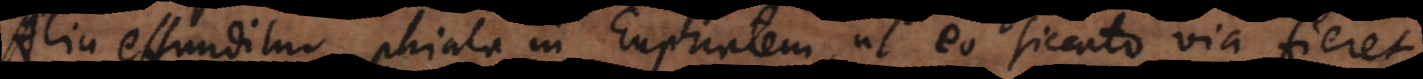
Alia effunditur phiala in Euphratem, ut eo siccato via fieret